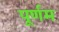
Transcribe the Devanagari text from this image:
पूर्णम